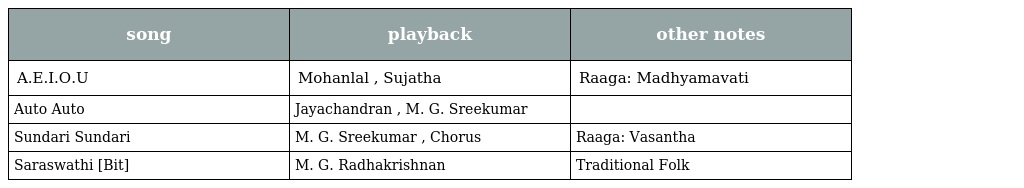
| song | playback | other notes |
 | --- | --- | --- |
 | A.E.I.O.U | Mohanlal , Sujatha | Raaga: Madhyamavati |
 | Auto Auto | Jayachandran , M. G. Sreekumar |  |
 | Sundari Sundari | M. G. Sreekumar , Chorus | Raaga: Vasantha |
 | Saraswathi [Bit] | M. G. Radhakrishnan | Traditional Folk |